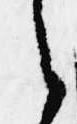
ら